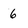
Character: 6